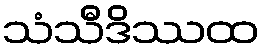
သံသီဒိဿထ